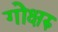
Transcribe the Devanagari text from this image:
गोक्षरु